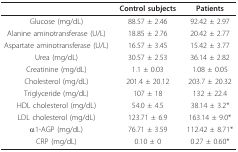
<table><thead><tr><td></td><td><b>Control subjects</b></td><td><b>Patients</b></td></tr></thead><tbody><tr><td>Glucose (mg/dL)</td><td>88.57 ± 2.46</td><td>92.42 ± 2.97</td></tr><tr><td>Alanine aminotransferase (U/L)</td><td>18.85 ± 2.76</td><td>20.42 ± 2.77</td></tr><tr><td>Aspartate aminotransferase (U/L)</td><td>16.57 ± 3.45</td><td>15.42 ± 3.77</td></tr><tr><td>Urea (mg/dL)</td><td>30.57 ± 2.53</td><td>36.14 ± 2.82</td></tr><tr><td>Creatinine (mg/dL)</td><td>1.1 ± 0.03</td><td>1.08 ± 0.05</td></tr><tr><td>Cholesterol (mg/dL)</td><td>201.4 ± 20.12</td><td>203.7 ± 20.32</td></tr><tr><td>Triglyceride (mg/dL)</td><td>107 ± 18</td><td>132 ± 22.4</td></tr><tr><td>HDL cholesterol (mg/dL)</td><td>54.0 ± 4.5</td><td>38.14 ± 3.2*</td></tr><tr><td>LDL cholesterol (mg/dL)</td><td>123.71 ± 6.9</td><td>163.14 ± 9.0*</td></tr><tr><td>α1-AGP (mg/dL)</td><td>76.71 ± 3.59</td><td>112.42 ± 8.71*</td></tr><tr><td>CRP (mg/dL)</td><td>0.10 ± 0</td><td>0.27 ± 0.60*</td></tr></tbody></table>